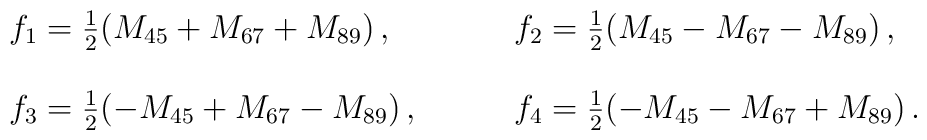
\begin{array}{ll}f_{1}=\frac{1}{2}(M_{45}+M_{67}+M_{89})\,,~~~&~~~f_{2}=\frac{1}{2}(M_{45}-M_{67}-M_{89})\,,\\{}&{}\\f_{3}=\frac{1}{2}(-M_{45}+M_{67}-M_{89})\,,~~~&~~~f_{4}=\frac{1}{2}(-M_{45}-M_{67}+M_{89})\,.\end{array}